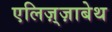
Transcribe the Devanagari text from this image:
एलिज़्ज़ाबेथ